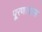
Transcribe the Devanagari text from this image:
पू्रणत्वास